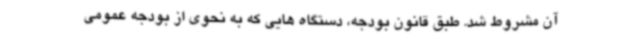
آن مشروط شد. طبق قانون بودجه، دستگاه هایی که به نحوی از بودجه عمومی